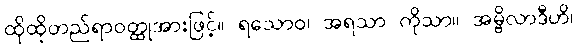
ထိုထိုတည်ရာဝတ္ထုအားဖြင့်။ ရသောဝ၊ အရသာ ကိုသာ။ အမ္ဗိလာဒီဟိ၊